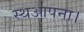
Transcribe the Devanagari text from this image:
स्थआपना।